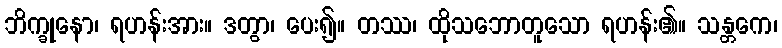
ဘိက္ခုနော၊ ရဟန်းအား။ ဒတွာ၊ ပေး၍။ တဿ၊ ထိုသဘောတူသော ရဟန်း၏။ သန္တကေ၊